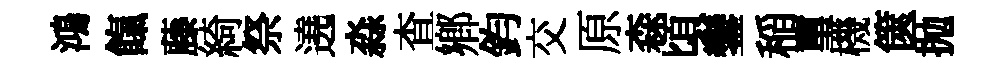
鴻餼藤綺祭遶淼查鄕鈞交原森頃鑾稲璽機篋抛